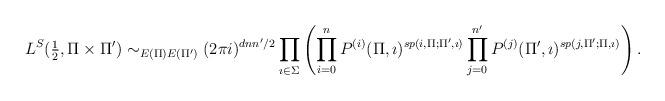
LaTeX: \begin{align*}L^S(\tfrac{1}{2},\Pi\times \Pi') \sim_{E(\Pi)E(\Pi')} (2\pi i)^{dnn'/2} \prod\limits_{\imath \in \Sigma}\left(\prod\limits_{i=0}^{n}P^{(i)}(\Pi,\imath)^{sp(i,\Pi;\Pi',\imath)}\prod\limits_{j=0}^{n'}P^{(j)}(\Pi',\imath)^{sp(j,\Pi';\Pi,\imath)}\right).\end{align*}